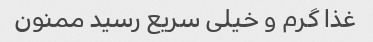
غذا گرم و خیلی سریع رسید ممنون